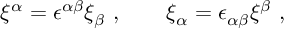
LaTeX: \xi ^ { \alpha } = \epsilon ^ { \alpha \beta } \xi _ { \beta } \, \, , \qquad \xi _ { \alpha } = \epsilon _ { \alpha \beta } \xi ^ { \beta } \, \, ,